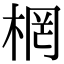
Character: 棢